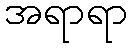
အရာရာ